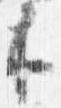
来